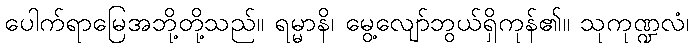
ပေါက်ရာမြေအဘို့တို့သည်။ ရမ္မာနိ၊ မွေ့လျော်ဘွယ်ရှိကုန်၏။ သုကုဏ္ဍလံ၊